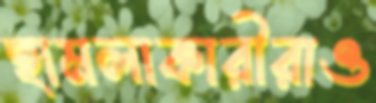
হামলাকারীরাও